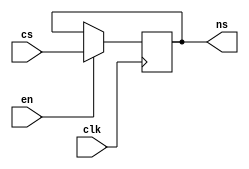
module registro(output [N-1:0]ns, input [N-1:0]cs, input en, input clk);

parameter N = 8;
reg [N-1: 0]s;

initial 
 s = 2'b00;
 
 always @(posedge clk)
 	begin
 	if(en == 1)
 	s = cs;
 	end
 	
 assign ns = s;
 
 endmodule